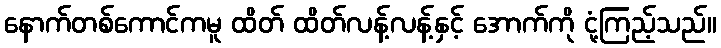
နောက်တစ်ကောင်ကမူ ထိတ် ထိတ်လန့်လန့်နှင့် အောက်ကို ငုံ့ကြည့်သည်။